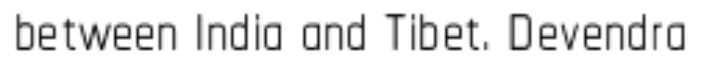
between India and Tibet. Devendra